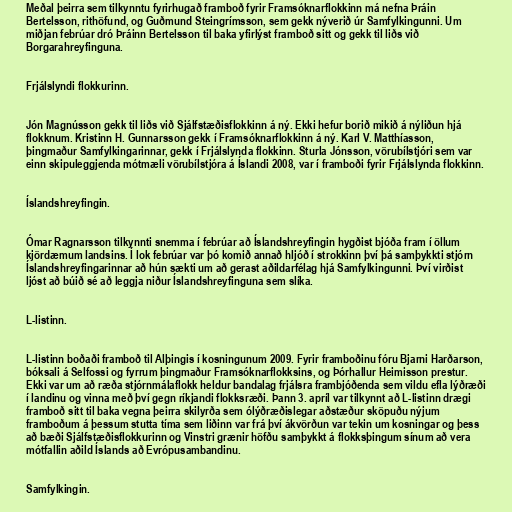
Meðal þeirra sem tilkynntu fyrirhugað framboð fyrir Framsóknarflokkinn má nefna Þráin
Bertelsson, rithöfund, og Guðmund Steingrímsson, sem gekk nýverið úr Samfylkingunni. Um
miðjan febrúar dró Þráinn Bertelsson til baka yfirlýst framboð sitt og gekk til liðs við
Borgarahreyfinguna.

Frjálslyndi flokkurinn.

Jón Magnússon gekk til liðs við Sjálfstæðisflokkinn á ný. Ekki hefur borið mikið á nýliðun hjá
flokknum. Kristinn H. Gunnarsson gekk í Framsóknarflokkinn á ný. Karl V. Matthíasson,
þingmaður Samfylkingarinnar, gekk í Frjálslynda flokkinn. Sturla Jónsson, vörubílstjóri sem var
einn skipuleggjenda mótmæli vörubílstjóra á Íslandi 2008, var í framboði fyrir Frjálslynda flokkinn.

Íslandshreyfingin.

Ómar Ragnarsson tilkynnti snemma í febrúar að Íslandshreyfingin hygðist bjóða fram í öllum
kjördæmum landsins. Í lok febrúar var þó komið annað hljóð í strokkinn því þá samþykkti stjórn
Íslandshreyfingarinnar að hún sækti um að gerast aðildarfélag hjá Samfylkingunni. Því virðist
ljóst að búið sé að leggja niður Íslandshreyfinguna sem slíka.

L-listinn.

L-listinn boðaði framboð til Alþingis í kosningunum 2009. Fyrir framboðinu fóru Bjarni Harðarson,
bóksali á Selfossi og fyrrum þingmaður Framsóknarflokksins, og Þórhallur Heimisson prestur.
Ekki var um að ræða stjórnmálaflokk heldur bandalag frjálsra frambjóðenda sem vildu efla lýðræði
í landinu og vinna með því gegn ríkjandi flokksræði. Þann 3. apríl var tilkynnt að L-listinn drægi
framboð sitt til baka vegna þeirra skilyrða sem ólýðræðislegar aðstæður sköpuðu nýjum
framboðum á þessum stutta tíma sem liðinn var frá því ákvörðun var tekin um kosningar og þess
að bæði Sjálfstæðisflokkurinn og Vinstri grænir höfðu samþykkt á flokksþingum sínum að vera
mótfallin aðild Íslands að Evrópusambandinu.

Samfylkingin.